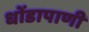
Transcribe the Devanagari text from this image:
धोंडापाणी